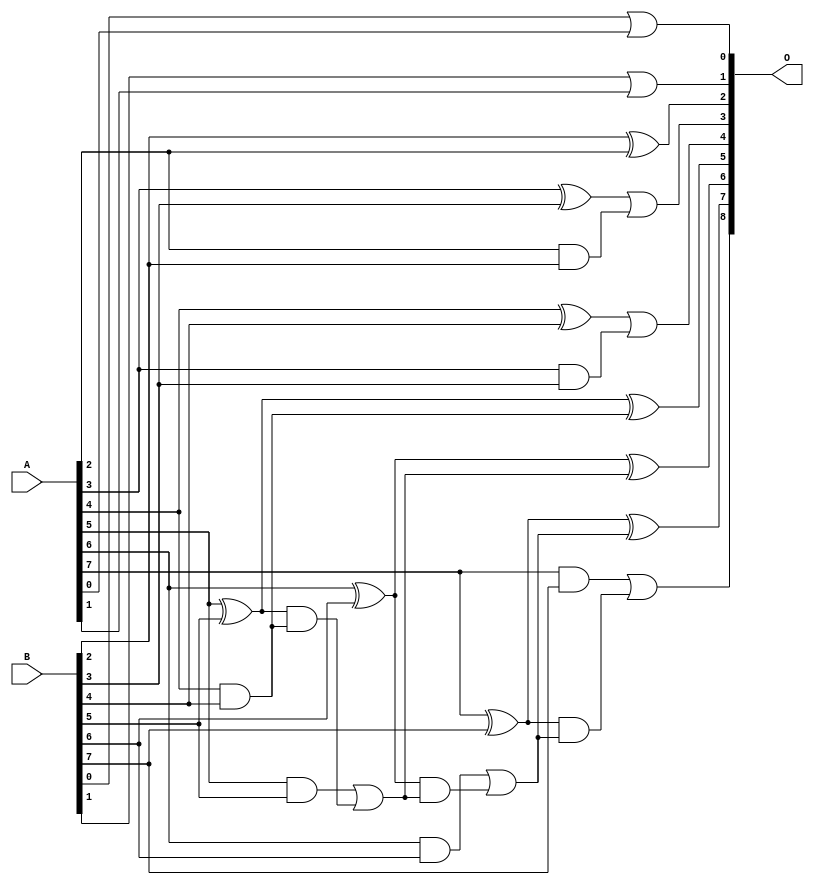
// This program was cloned from: https://github.com/ehw-fit/evoapproxlib
// License: MIT License

/***
* This code is a part of EvoApproxLib library (ehw.fit.vutbr.cz/approxlib) distributed under The MIT License.
* When used, please cite the following article(s): V. Mrazek, L. Sekanina, Z. Vasicek "Libraries of Approximate Circuits: Automated Design and Application in CNN Accelerators" IEEE Journal on Emerging and Selected Topics in Circuits and Systems, Vol 10, No 4, 2020 
* This file contains a circuit from a sub-set of pareto optimal circuits with respect to the pwr and ep parameters
***/
// MAE% = 0.74 %
// MAE = 3.8 
// WCE% = 3.71 %
// WCE = 19 
// WCRE% = 50.00 %
// EP% = 57.81 %
// MRE% = 1.89 %
// MSE = 46 
// PDK45_PWR = 0.019 mW
// PDK45_AREA = 56.8 um2
// PDK45_DELAY = 0.31 ns


module add8u_8FF(A, B, O);
  input [7:0] A, B;
  output [8:0] O;
  wire sig_24, sig_27, sig_28, sig_29, sig_32, sig_33;
  wire sig_34, sig_37, sig_38, sig_39, sig_40, sig_42;
  wire sig_43, sig_44, sig_45, sig_47, sig_48, sig_49;
  wire sig_50;
  assign O[2] = B[2] ^ A[2];
  assign O[0] = B[0] | A[0];
  assign sig_24 = A[2] & B[2];
  assign O[1] = B[1] | A[1];
  assign sig_27 = sig_24;
  assign sig_28 = A[3] ^ B[3];
  assign sig_29 = A[3] & B[3];
  assign O[3] = sig_28 | sig_27;
  assign sig_32 = sig_29;
  assign sig_33 = A[4] ^ B[4];
  assign sig_34 = A[4] & B[4];
  assign O[4] = sig_33 | sig_32;
  assign sig_37 = sig_34;
  assign sig_38 = A[5] ^ B[5];
  assign sig_39 = A[5] & B[5];
  assign sig_40 = sig_38 & sig_37;
  assign O[5] = sig_38 ^ sig_37;
  assign sig_42 = sig_39 | sig_40;
  assign sig_43 = A[6] ^ B[6];
  assign sig_44 = A[6] & B[6];
  assign sig_45 = sig_43 & sig_42;
  assign O[6] = sig_43 ^ sig_42;
  assign sig_47 = sig_44 | sig_45;
  assign sig_48 = A[7] ^ B[7];
  assign sig_49 = A[7] & B[7];
  assign sig_50 = sig_48 & sig_47;
  assign O[7] = sig_48 ^ sig_47;
  assign O[8] = sig_49 | sig_50;
endmodule